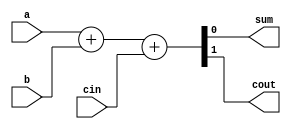
module adder ( input a, b, cin, output reg sum, cout);
	always @ (a or b or cin) begin
		{cout, sum} = a + b + cin;
	end
endmodule